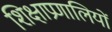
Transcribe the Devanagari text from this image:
शिक्षाप्रणालियों